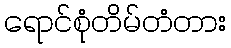
ရောင်စုံတိမ်တံတား